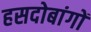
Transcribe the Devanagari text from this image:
हसदोबांगों